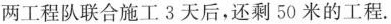
两工程队联合施工3天后，还剩50米的工程.